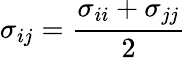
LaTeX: \sigma_{ij}=\frac{\sigma_{ii}+\sigma_{jj}}{2}